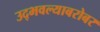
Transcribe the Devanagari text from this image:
उद्भवल्याबरोबर